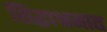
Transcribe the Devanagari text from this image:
सिद्धाश्रमात